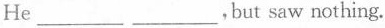
He___ ___,but saw nothing.